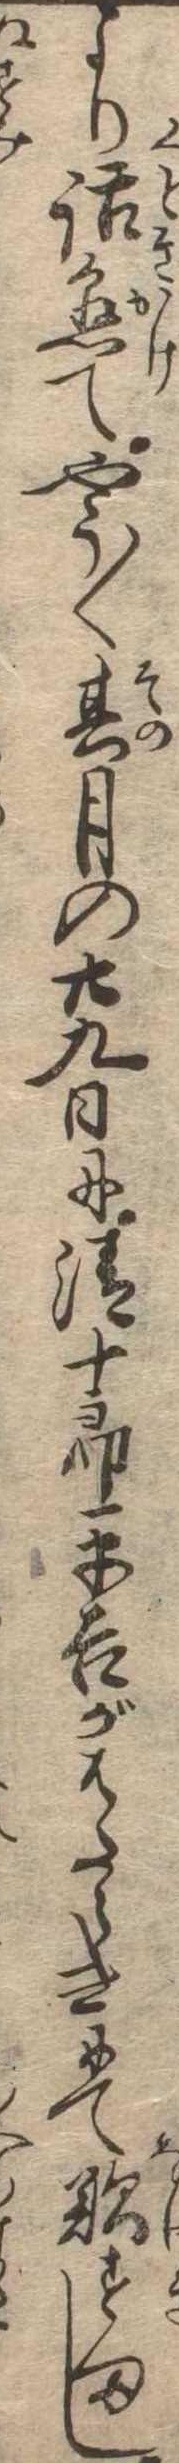
より話懸てやう〱其月の廿九日に清十郎平吉がはたらきにて歎すまし